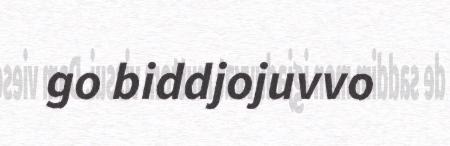
go biddjojuvvo